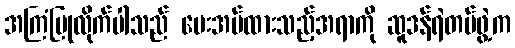
အကြံပြုလိုက်ပါသည် ပေးအပ်ထားသည့်အရာကို ဆူဒန်ရဲတပ်ဖွဲ့က